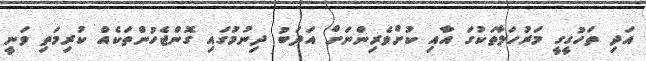
އަދި ތަހުގީގީ މަރުހަލާތަކުގަ އާއި ކުށްވެރިންނަށް އަދަބު ދިނުމުގައި ގޮންޖެހުންތަކެއް ކުރިމަތި ވަނީ